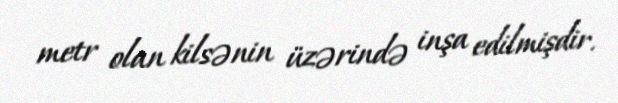
metr olan kilsənin üzərində inşa edilmişdir.